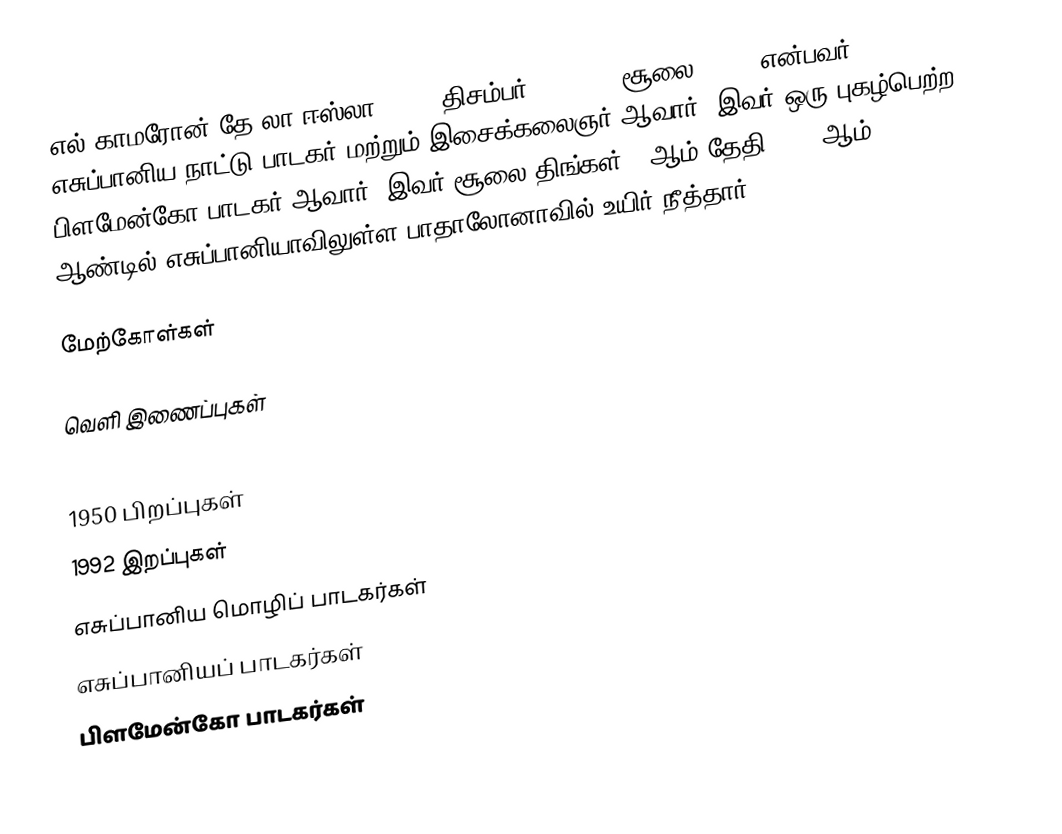
எல் காமரோன் தே லா ஈஸ்லா () (5 திசம்பர் 1950 - 2 சூலை 1992) என்பவர் எசுப்பானிய நாட்டு பாடகர் மற்றும் இசைக்கலைஞர் ஆவார். இவர் ஒரு புகழ்பெற்ற பிளமேன்கோ பாடகர் ஆவார். இவர் சூலை திங்கள் 2 ஆம் தேதி 1992 ஆம் ஆண்டில் எசுப்பானியாவிலுள்ள பாதாலோனாவில் உயிர் நீத்தார்.

மேற்கோள்கள்

வெளி இணைப்புகள்

1950 பிறப்புகள்
1992 இறப்புகள்
எசுப்பானிய மொழிப் பாடகர்கள்
எசுப்பானியப் பாடகர்கள்
பிளமேன்கோ பாடகர்கள்